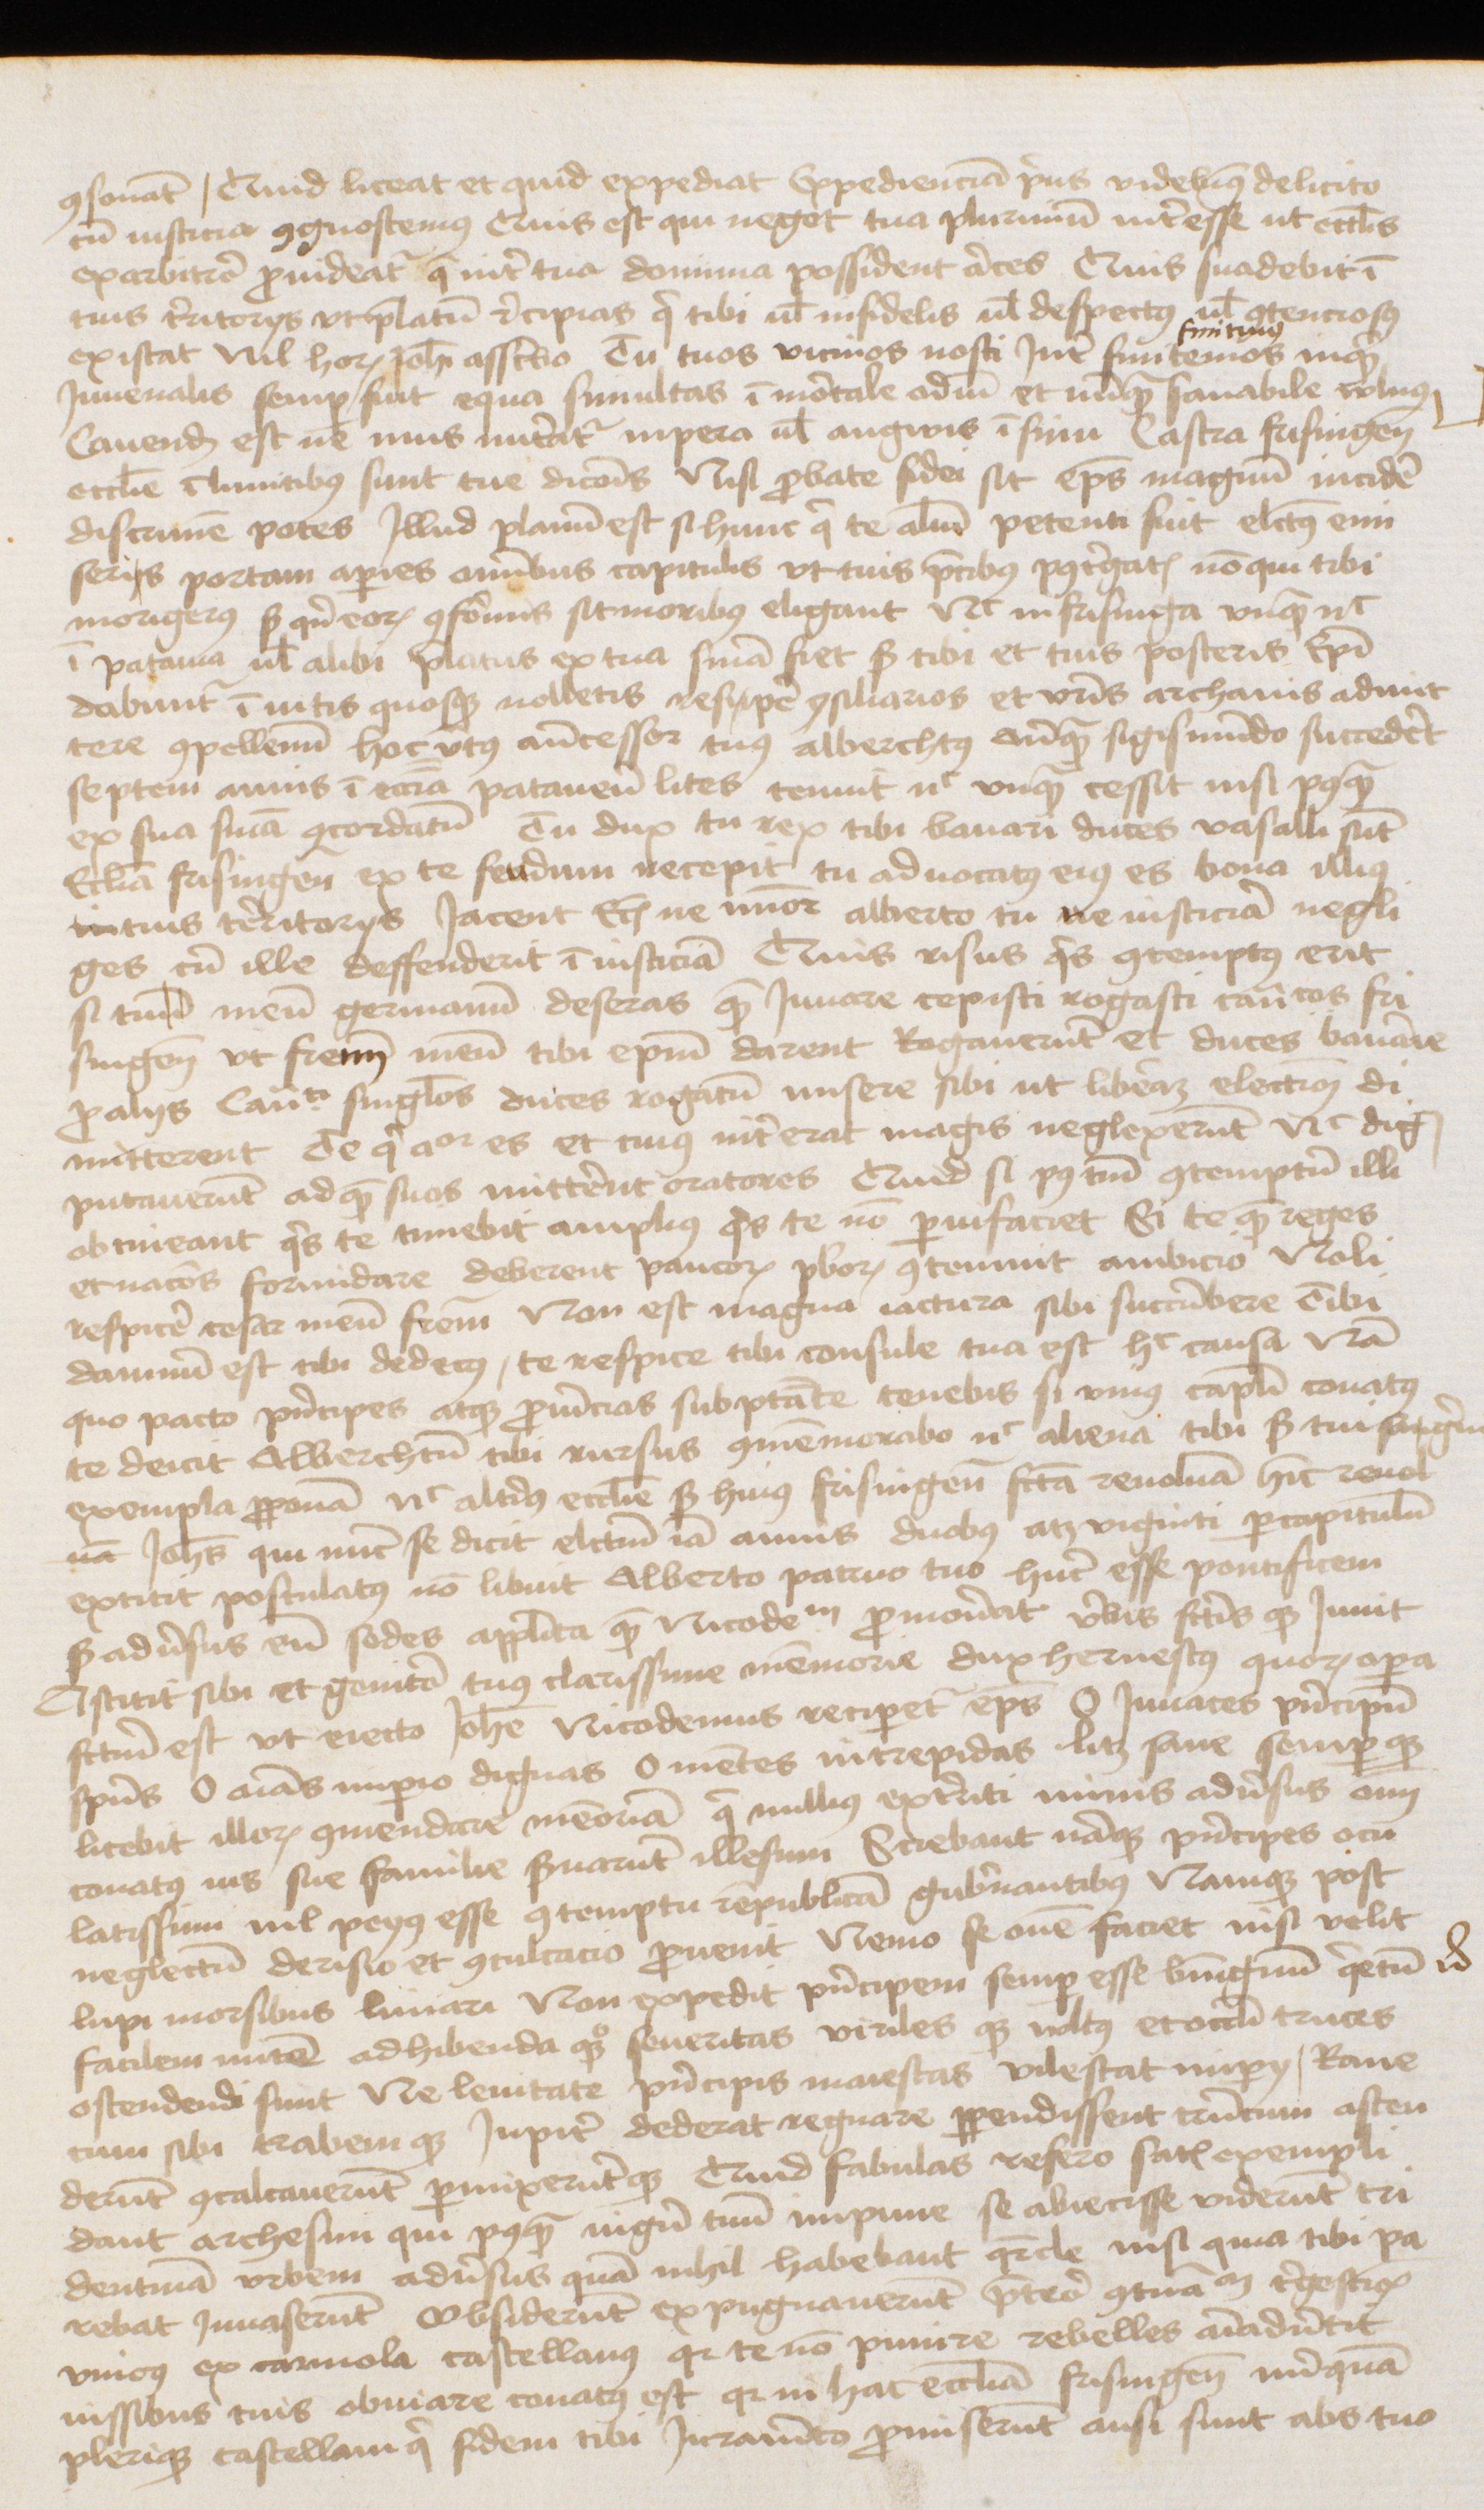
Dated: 1470–1472